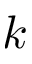
k